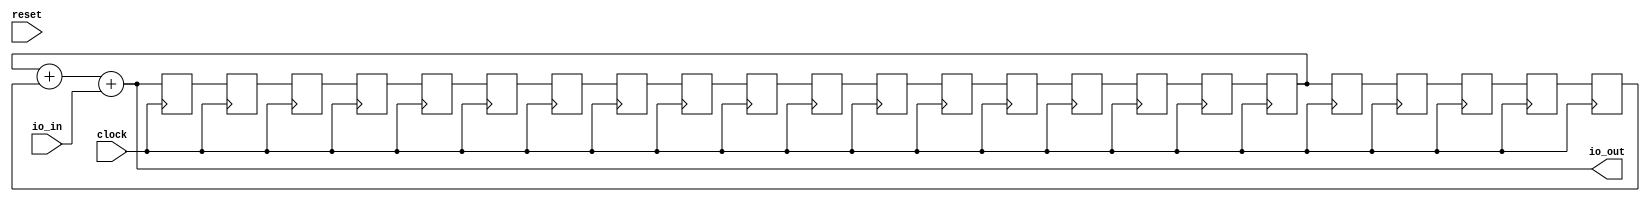
module Scrambler(
  input         clock,
  input         reset,
  input  [63:0] io_in,
  output [63:0] io_out
);
`ifdef RANDOMIZE_REG_INIT
  reg [63:0] _RAND_0;
  reg [63:0] _RAND_1;
  reg [63:0] _RAND_2;
  reg [63:0] _RAND_3;
  reg [63:0] _RAND_4;
  reg [63:0] _RAND_5;
  reg [63:0] _RAND_6;
  reg [63:0] _RAND_7;
  reg [63:0] _RAND_8;
  reg [63:0] _RAND_9;
  reg [63:0] _RAND_10;
  reg [63:0] _RAND_11;
  reg [63:0] _RAND_12;
  reg [63:0] _RAND_13;
  reg [63:0] _RAND_14;
  reg [63:0] _RAND_15;
  reg [63:0] _RAND_16;
  reg [63:0] _RAND_17;
  reg [63:0] _RAND_18;
  reg [63:0] _RAND_19;
  reg [63:0] _RAND_20;
  reg [63:0] _RAND_21;
  reg [63:0] _RAND_22;
`endif // RANDOMIZE_REG_INIT
  reg [63:0] z1; // @[logic.scala 16:20]
  reg [63:0] z2; // @[logic.scala 17:20]
  reg [63:0] z3; // @[logic.scala 18:20]
  reg [63:0] z4; // @[logic.scala 19:20]
  reg [63:0] z5; // @[logic.scala 20:20]
  reg [63:0] z6; // @[logic.scala 21:20]
  reg [63:0] z7; // @[logic.scala 22:20]
  reg [63:0] z8; // @[logic.scala 23:20]
  reg [63:0] z9; // @[logic.scala 24:20]
  reg [63:0] z10; // @[logic.scala 25:20]
  reg [63:0] z11; // @[logic.scala 26:20]
  reg [63:0] z12; // @[logic.scala 27:20]
  reg [63:0] z13; // @[logic.scala 28:20]
  reg [63:0] z14; // @[logic.scala 29:20]
  reg [63:0] z15; // @[logic.scala 30:20]
  reg [63:0] z16; // @[logic.scala 31:20]
  reg [63:0] z17; // @[logic.scala 32:20]
  reg [63:0] z18; // @[logic.scala 33:20]
  reg [63:0] z19; // @[logic.scala 34:20]
  reg [63:0] z20; // @[logic.scala 35:20]
  reg [63:0] z21; // @[logic.scala 36:20]
  reg [63:0] z22; // @[logic.scala 37:20]
  reg [63:0] z23; // @[logic.scala 38:20]
  wire [63:0] y0 = z18 + z23; // @[logic.scala 41:16]
  assign io_out = y0 + io_in; // @[logic.scala 44:16]
  always @(posedge clock) begin
    z1 <= io_out; // @[logic.scala 16:20]
    z2 <= z1; // @[logic.scala 17:20]
    z3 <= z2; // @[logic.scala 18:20]
    z4 <= z3; // @[logic.scala 19:20]
    z5 <= z4; // @[logic.scala 20:20]
    z6 <= z5; // @[logic.scala 21:20]
    z7 <= z6; // @[logic.scala 22:20]
    z8 <= z7; // @[logic.scala 23:20]
    z9 <= z8; // @[logic.scala 24:20]
    z10 <= z9; // @[logic.scala 25:20]
    z11 <= z10; // @[logic.scala 26:20]
    z12 <= z11; // @[logic.scala 27:20]
    z13 <= z12; // @[logic.scala 28:20]
    z14 <= z13; // @[logic.scala 29:20]
    z15 <= z14; // @[logic.scala 30:20]
    z16 <= z15; // @[logic.scala 31:20]
    z17 <= z16; // @[logic.scala 32:20]
    z18 <= z17; // @[logic.scala 33:20]
    z19 <= z18; // @[logic.scala 34:20]
    z20 <= z19; // @[logic.scala 35:20]
    z21 <= z20; // @[logic.scala 36:20]
    z22 <= z21; // @[logic.scala 37:20]
    z23 <= z22; // @[logic.scala 38:20]
  end
// Register and memory initialization
`ifdef RANDOMIZE_GARBAGE_ASSIGN
`define RANDOMIZE
`endif
`ifdef RANDOMIZE_INVALID_ASSIGN
`define RANDOMIZE
`endif
`ifdef RANDOMIZE_REG_INIT
`define RANDOMIZE
`endif
`ifdef RANDOMIZE_MEM_INIT
`define RANDOMIZE
`endif
`ifndef RANDOM
`define RANDOM $random
`endif
`ifdef RANDOMIZE_MEM_INIT
  integer initvar;
`endif
`ifndef SYNTHESIS
`ifdef FIRRTL_BEFORE_INITIAL
`FIRRTL_BEFORE_INITIAL
`endif
initial begin
  `ifdef RANDOMIZE
    `ifdef INIT_RANDOM
      `INIT_RANDOM
    `endif
    `ifndef VERILATOR
      `ifdef RANDOMIZE_DELAY
        #`RANDOMIZE_DELAY begin end
      `else
        #0.002 begin end
      `endif
    `endif
`ifdef RANDOMIZE_REG_INIT
  _RAND_0 = {2{`RANDOM}};
  z1 = _RAND_0[63:0];
  _RAND_1 = {2{`RANDOM}};
  z2 = _RAND_1[63:0];
  _RAND_2 = {2{`RANDOM}};
  z3 = _RAND_2[63:0];
  _RAND_3 = {2{`RANDOM}};
  z4 = _RAND_3[63:0];
  _RAND_4 = {2{`RANDOM}};
  z5 = _RAND_4[63:0];
  _RAND_5 = {2{`RANDOM}};
  z6 = _RAND_5[63:0];
  _RAND_6 = {2{`RANDOM}};
  z7 = _RAND_6[63:0];
  _RAND_7 = {2{`RANDOM}};
  z8 = _RAND_7[63:0];
  _RAND_8 = {2{`RANDOM}};
  z9 = _RAND_8[63:0];
  _RAND_9 = {2{`RANDOM}};
  z10 = _RAND_9[63:0];
  _RAND_10 = {2{`RANDOM}};
  z11 = _RAND_10[63:0];
  _RAND_11 = {2{`RANDOM}};
  z12 = _RAND_11[63:0];
  _RAND_12 = {2{`RANDOM}};
  z13 = _RAND_12[63:0];
  _RAND_13 = {2{`RANDOM}};
  z14 = _RAND_13[63:0];
  _RAND_14 = {2{`RANDOM}};
  z15 = _RAND_14[63:0];
  _RAND_15 = {2{`RANDOM}};
  z16 = _RAND_15[63:0];
  _RAND_16 = {2{`RANDOM}};
  z17 = _RAND_16[63:0];
  _RAND_17 = {2{`RANDOM}};
  z18 = _RAND_17[63:0];
  _RAND_18 = {2{`RANDOM}};
  z19 = _RAND_18[63:0];
  _RAND_19 = {2{`RANDOM}};
  z20 = _RAND_19[63:0];
  _RAND_20 = {2{`RANDOM}};
  z21 = _RAND_20[63:0];
  _RAND_21 = {2{`RANDOM}};
  z22 = _RAND_21[63:0];
  _RAND_22 = {2{`RANDOM}};
  z23 = _RAND_22[63:0];
`endif // RANDOMIZE_REG_INIT
  `endif // RANDOMIZE
end // initial
`ifdef FIRRTL_AFTER_INITIAL
`FIRRTL_AFTER_INITIAL
`endif
`endif // SYNTHESIS
endmodule